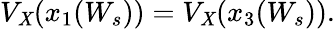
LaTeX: V_{\mathit{X}}(x_{1}(W_{s}))=V_{\mathit{X}}(x_{3}(W_{s})).